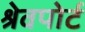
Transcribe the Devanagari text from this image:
श्रेवपोर्ट